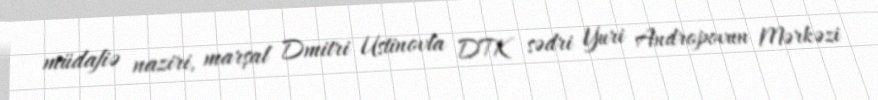
müdafiə naziri, marşal Dmitri Ustinovla DTK sədri Yuri Andropovun Mərkəzi